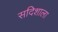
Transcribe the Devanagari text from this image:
सदिशाला